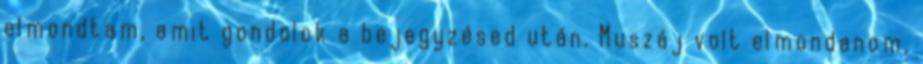
elmondtam, amit gondolok a bejegyzésed után. Muszáj volt elmondanom,